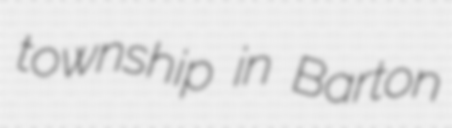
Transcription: township in Barton